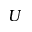
U